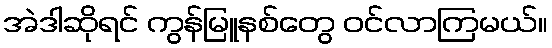
အဲဒါဆိုရင် ကွန်မြူနစ်တွေ ဝင်လာကြမယ်။